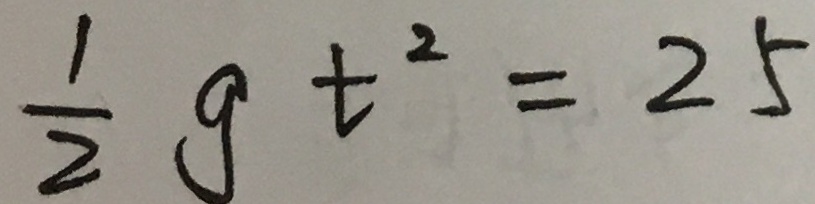
\frac { 1 } { 2 } g t ^ { 2 } = 2 5